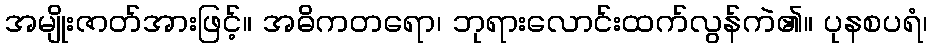
အမျိုးဇာတ်အားဖြင့်။ အဓိကတရော၊ ဘုရားလောင်းထက်လွန်ကဲ၏။ ပုနစပရံ၊